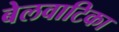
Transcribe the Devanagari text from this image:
बेलवाटिका